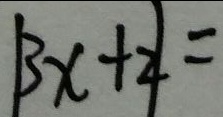
\vert 3 x + 2 \vert =